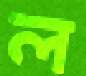
ল